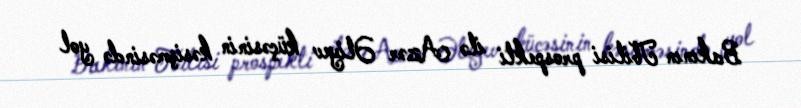
Bakının Tbilisi prospekti ilə Azər Əliyev küçəsinin kəsişməsində yol